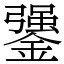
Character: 䥒